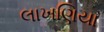
લાખણિયા